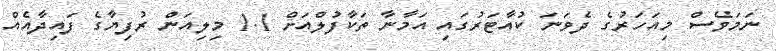
ނަމަވެސް މިއަހަރުގެ ދެވަނަ ކުއާޓަރުގައި އަމާނާ ތަކާފުލްއަށް 1.1 މިލިއަން ރުފިޔާގެ ފައިދާއެއް